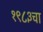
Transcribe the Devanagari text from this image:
१९८३चा